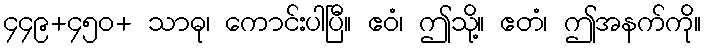
၄၄၉+၄၅၀+ သာဓု၊ ကောင်းပါပြီ။ ဧဝံ၊ ဤသို့။ ဧတံ၊ ဤအနက်ကို။